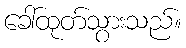
ခေါ်ထုတ်သွားသည်။